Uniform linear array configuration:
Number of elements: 32
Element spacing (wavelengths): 0.25
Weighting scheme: binomial
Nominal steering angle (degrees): -30
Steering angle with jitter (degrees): -29.607
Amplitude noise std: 0.05
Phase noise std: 0.05

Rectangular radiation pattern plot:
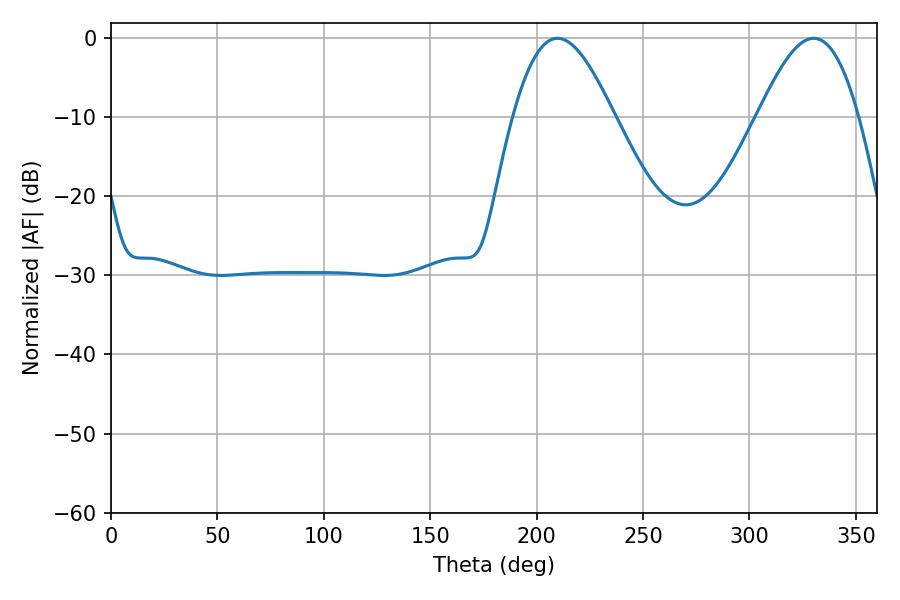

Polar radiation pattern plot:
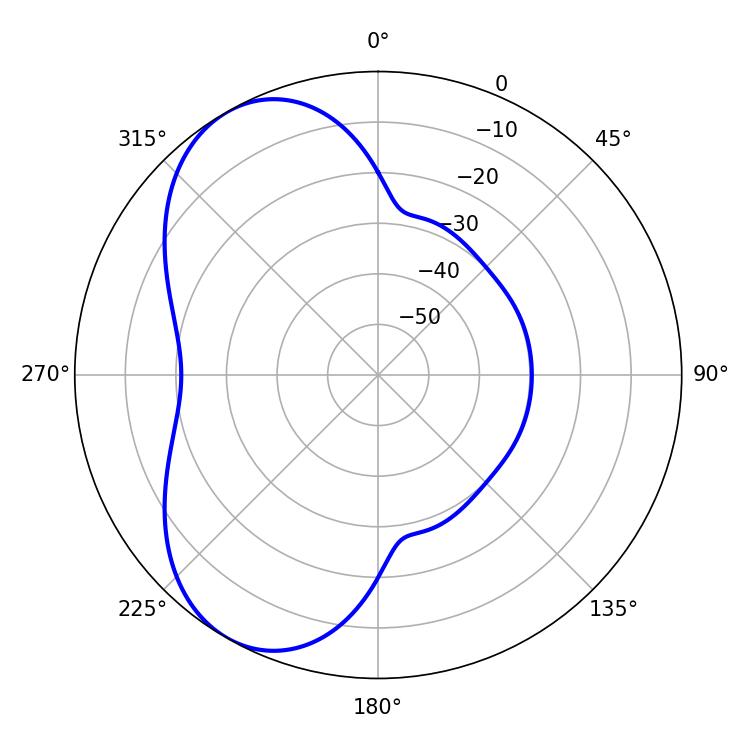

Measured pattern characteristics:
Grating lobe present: FALSE
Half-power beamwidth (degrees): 25.38
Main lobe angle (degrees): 209.88